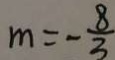
m = - \frac { 8 } { 3 }